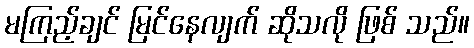
မကြည့်ချင် မြင်နေလျက် ဆိုသလို ဖြစ် သည်။